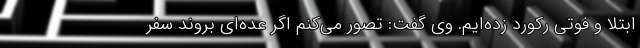
ابتلا و فوتی رکورد زده‌ایم. وی گفت: تصور می‌کنم اگر عده‌ای بروند سفر